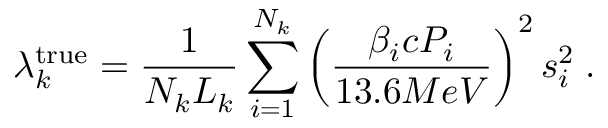
\lambda _ { k } ^ { \mathrm { t r u e } } = \frac { 1 } { N _ { k } L _ { k } } \sum _ { i = 1 } ^ { N _ { k } } { \left( \frac { \beta _ { i } c P _ { i } } { 1 3 . 6 M e V } \right) ^ { 2 } s _ { i } ^ { 2 } } \; .